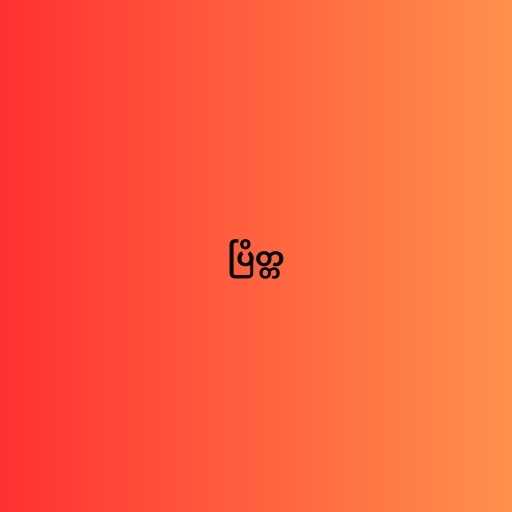
ပြိတ္တ